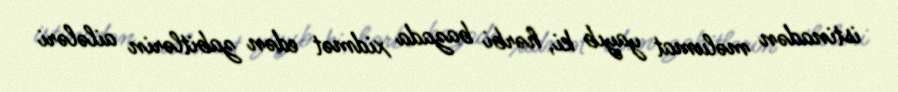
istinadən məlumat yayıb ki, hərbi bazada xidmət edən zabitlərin ailələri